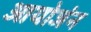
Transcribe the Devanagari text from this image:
आयोजंन